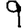
Digit: 9